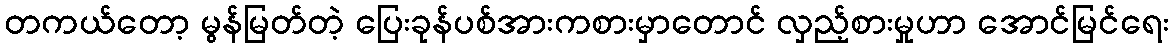
တကယ်တော့ မွန်မြတ်တဲ့ ပြေးခုန်ပစ်အားကစားမှာတောင် လှည့်စားမှုဟာ အောင်မြင်ရေး